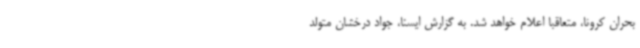
بحران کرونا، متعاقبا اعلام خواهد شد. به گزارش ایسنا، جواد درخشان متولد